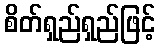
စိတ်ရှည်ရှည်ဖြင့်